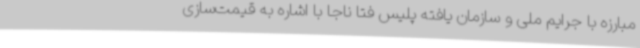
مبارزه با جرایم ملی و سازمان یافته پلیس فتا ناجا با اشاره به قیمت‌سازی